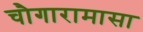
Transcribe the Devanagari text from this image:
चौगारामासा